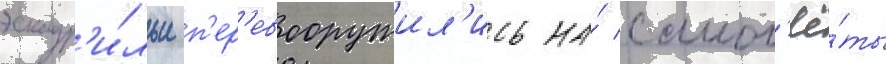
эскадр'и́льи п'ер'евооружил'ись на́ самол'ё́ты